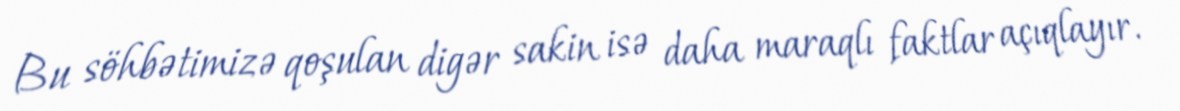
Bu söhbətimizə qoşulan digər sakin isə daha maraqlı faktlar açıqlayır.